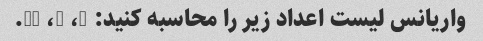
واریانس لیست اعداد زیر را محاسبه کنید: 3، 8، 11.